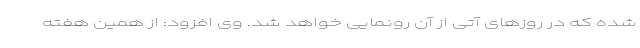
شده که در روزهای آتی از آن رونمایی خواهد شد. وی افزود: از همین هفته